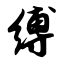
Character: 缚